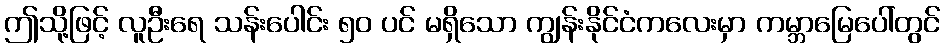
ဤသို့ဖြင့် လူဦးရေ သန်းပေါင်း ၅၀ ပင် မရှိသော ကျွန်းနိုင်ငံကလေးမှာ ကမ္ဘာမြေပေါ်တွင်